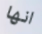
انها